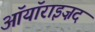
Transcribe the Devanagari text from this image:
ऑयॉराइज़द